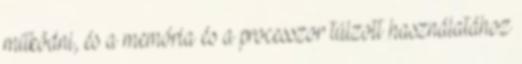
működni, és a memória és a processzor túlzott használatához